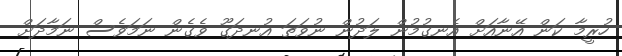
ހުރީމާ ކަން އޭނާއަށް އެނގުމުން ލަދުން ނުވަތަ އުނދަގޫ ވެގެން ނަމަވެސް ނަމާދަށް